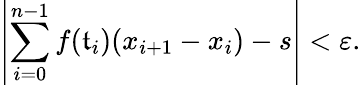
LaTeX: \left|\sum_{i=0}^{n-1}f(\mathfrak{t}_{i})(x_{i+1}-x_{i})-s\right|<\varepsilon.